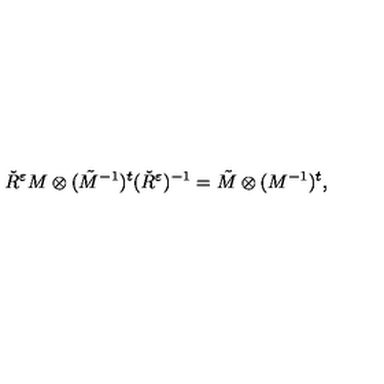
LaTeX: \check { R } ^ { \varepsilon } M \otimes ( \tilde { M } ^ { - 1 } ) ^ { t } ( \check { R } ^ { \varepsilon } ) ^ { - 1 } = \tilde { M } \otimes ( M ^ { - 1 } ) ^ { t } ,